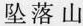
坠落山